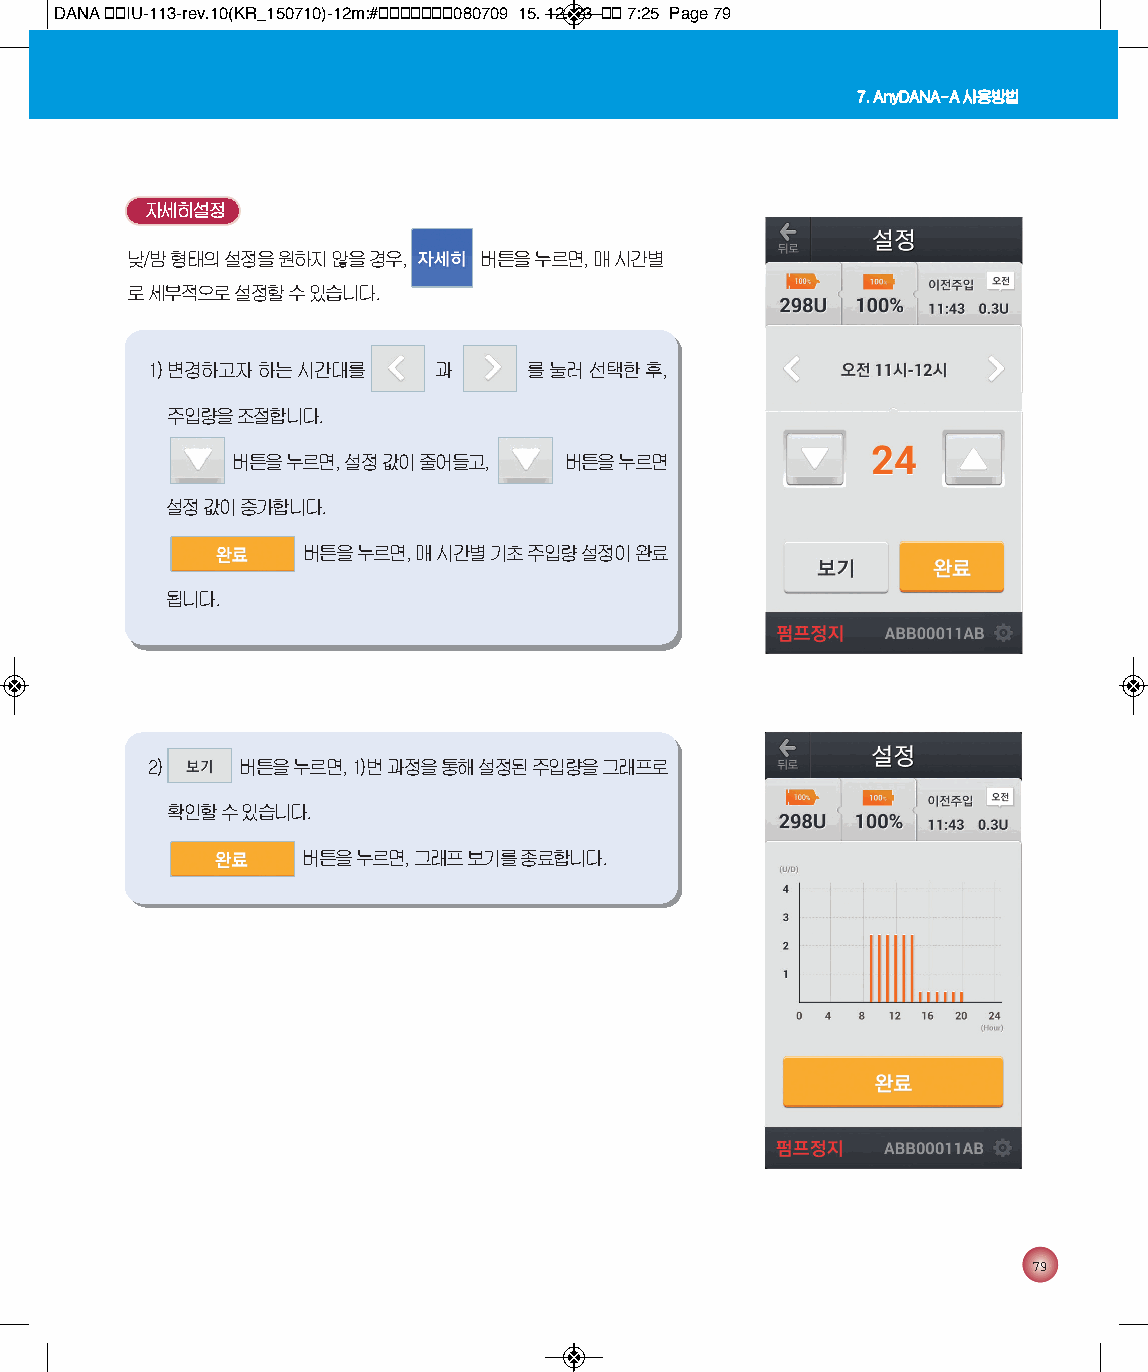
DANA 통통IU-113-rev.10(KR_150710)-12m:#통통통통통통통080709 15. 12. 23 통통 7:25 Page 79
 7. AnyDANA-A 사용방법
 자세히설정
 낮/밤 형태의 설정을 원하지 않을 경우,  버튼을 누르면, 매 시간별
 로 세부적으로 설정할 수 있습니다.
 1) 변경하고자 하는 시간대를   과     를 눌러 선택한 후,
 주입량을 조절합니다.
 버튼을 누르면, 설정 값이 줄어들고,  버튼을 누르면
 설정 값이 증가합니다.
 버튼을 누르면, 매 시간별 기초 주입량 설정이 완료
 됩니다.
 2)    버튼을 누르면, 1)번 과정을 통해 설정된 주입량을 그래프로
 확인할 수 있습니다.
 버튼을 누르면, 그래프 보기를 종료합니다.
 79